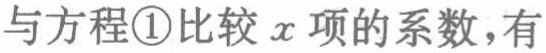
与方程\textcircled{1}比较 \(x\) 项的系数，有